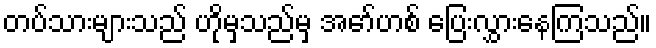
တပ်သားများသည် ဟိုမှသည်မှ အော်ဟစ် ပြေးလွှားနေကြသည်။